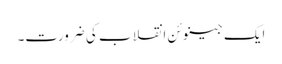
ایک جینوئن انقلاب کی ضرورت۔